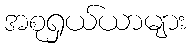
အစုရှယ်ယာများ